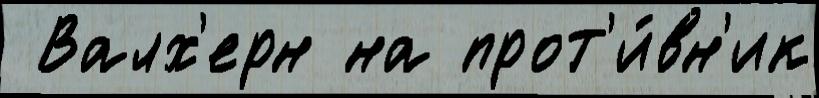
 Валх'ерн на прот'и́вн'ик